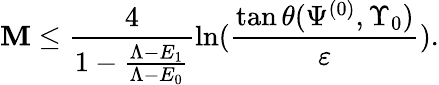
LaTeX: \mathbf{M}\leq\frac{{4}}{{1-\frac{{\Lambda-E_{1}}}{{\Lambda-E_{0}}}}}\ln(\frac{{\tan\theta(\Psi^{(0)},\Upsilon_{0})}}{{\varepsilon}}).